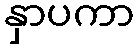
နှာပကာ